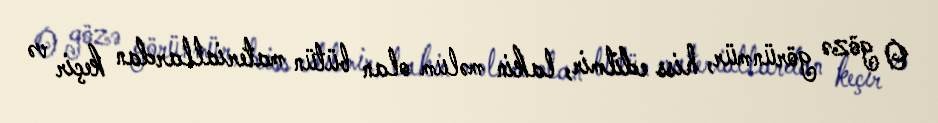
O gözə görünmür, hiss edilmir, lakin məlum olan bütün materiallardan keçir və